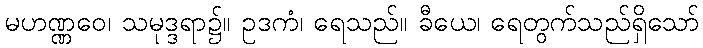
မဟဏ္ဏဝေ၊ သမုဒ္ဒရာ၌။ ဥဒကံ၊ ရေသည်။ ခီယေ၊ ရေတွက်သည်ရှိသော်